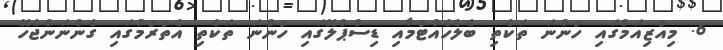
6. މިއުޒިއަމްގައި ހުންނަ ތަކެތި ބެލެހެއްޓުމާއި ޑިސްޕްލޭގައި ހުންނަ ތަކެތި އެތުރުމުގައި ގެންނަންޖެހޭ